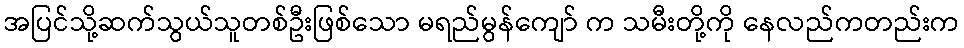
အပြင်သို့ဆက်သွယ်သူတစ်ဦးဖြစ်သော မရည်မွန်ကျော် က သမီးတို့ကို နေလည်ကတည်းက